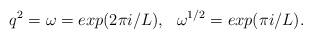
LaTeX: \begin{align*}q^2=\omega=exp(2\pi i/L), ~~\omega^{1/2}=exp(\pi i/L).\end{align*}